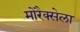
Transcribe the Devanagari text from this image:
मोरैक्सेला